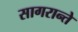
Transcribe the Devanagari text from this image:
सागरान्ते